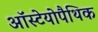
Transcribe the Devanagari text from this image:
ऑस्टेयोपैथिक